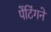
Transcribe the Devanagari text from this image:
पेंटिंगने